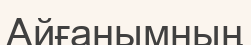
Айғанымның